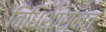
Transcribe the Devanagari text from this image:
विधिशासनतः